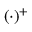
( \cdot ) ^ { + }